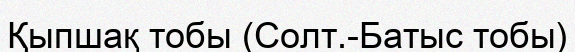
Қыпшақ тобы (Солт.-Батыс тобы)